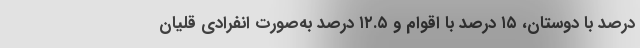
درصد با دوستان، ۱۵ درصد با اقوام و ۱۲.۵ درصد به‌صورت انفرادی قلیان